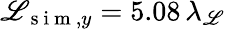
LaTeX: \mathscr{L}_{\mathrm{{~s~i~m~}},y}=5.08\, \lambda_{\mathscr{L}}